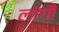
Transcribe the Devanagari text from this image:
लोगौं